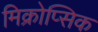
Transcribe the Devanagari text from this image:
मिक्रोप्सिक